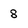
Character: 8